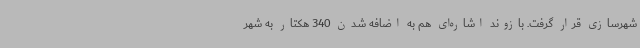
شهرسازی قرار گرفت. بازوند اشاره‌ای هم به اضافه شدن 340 هکتار به شهر